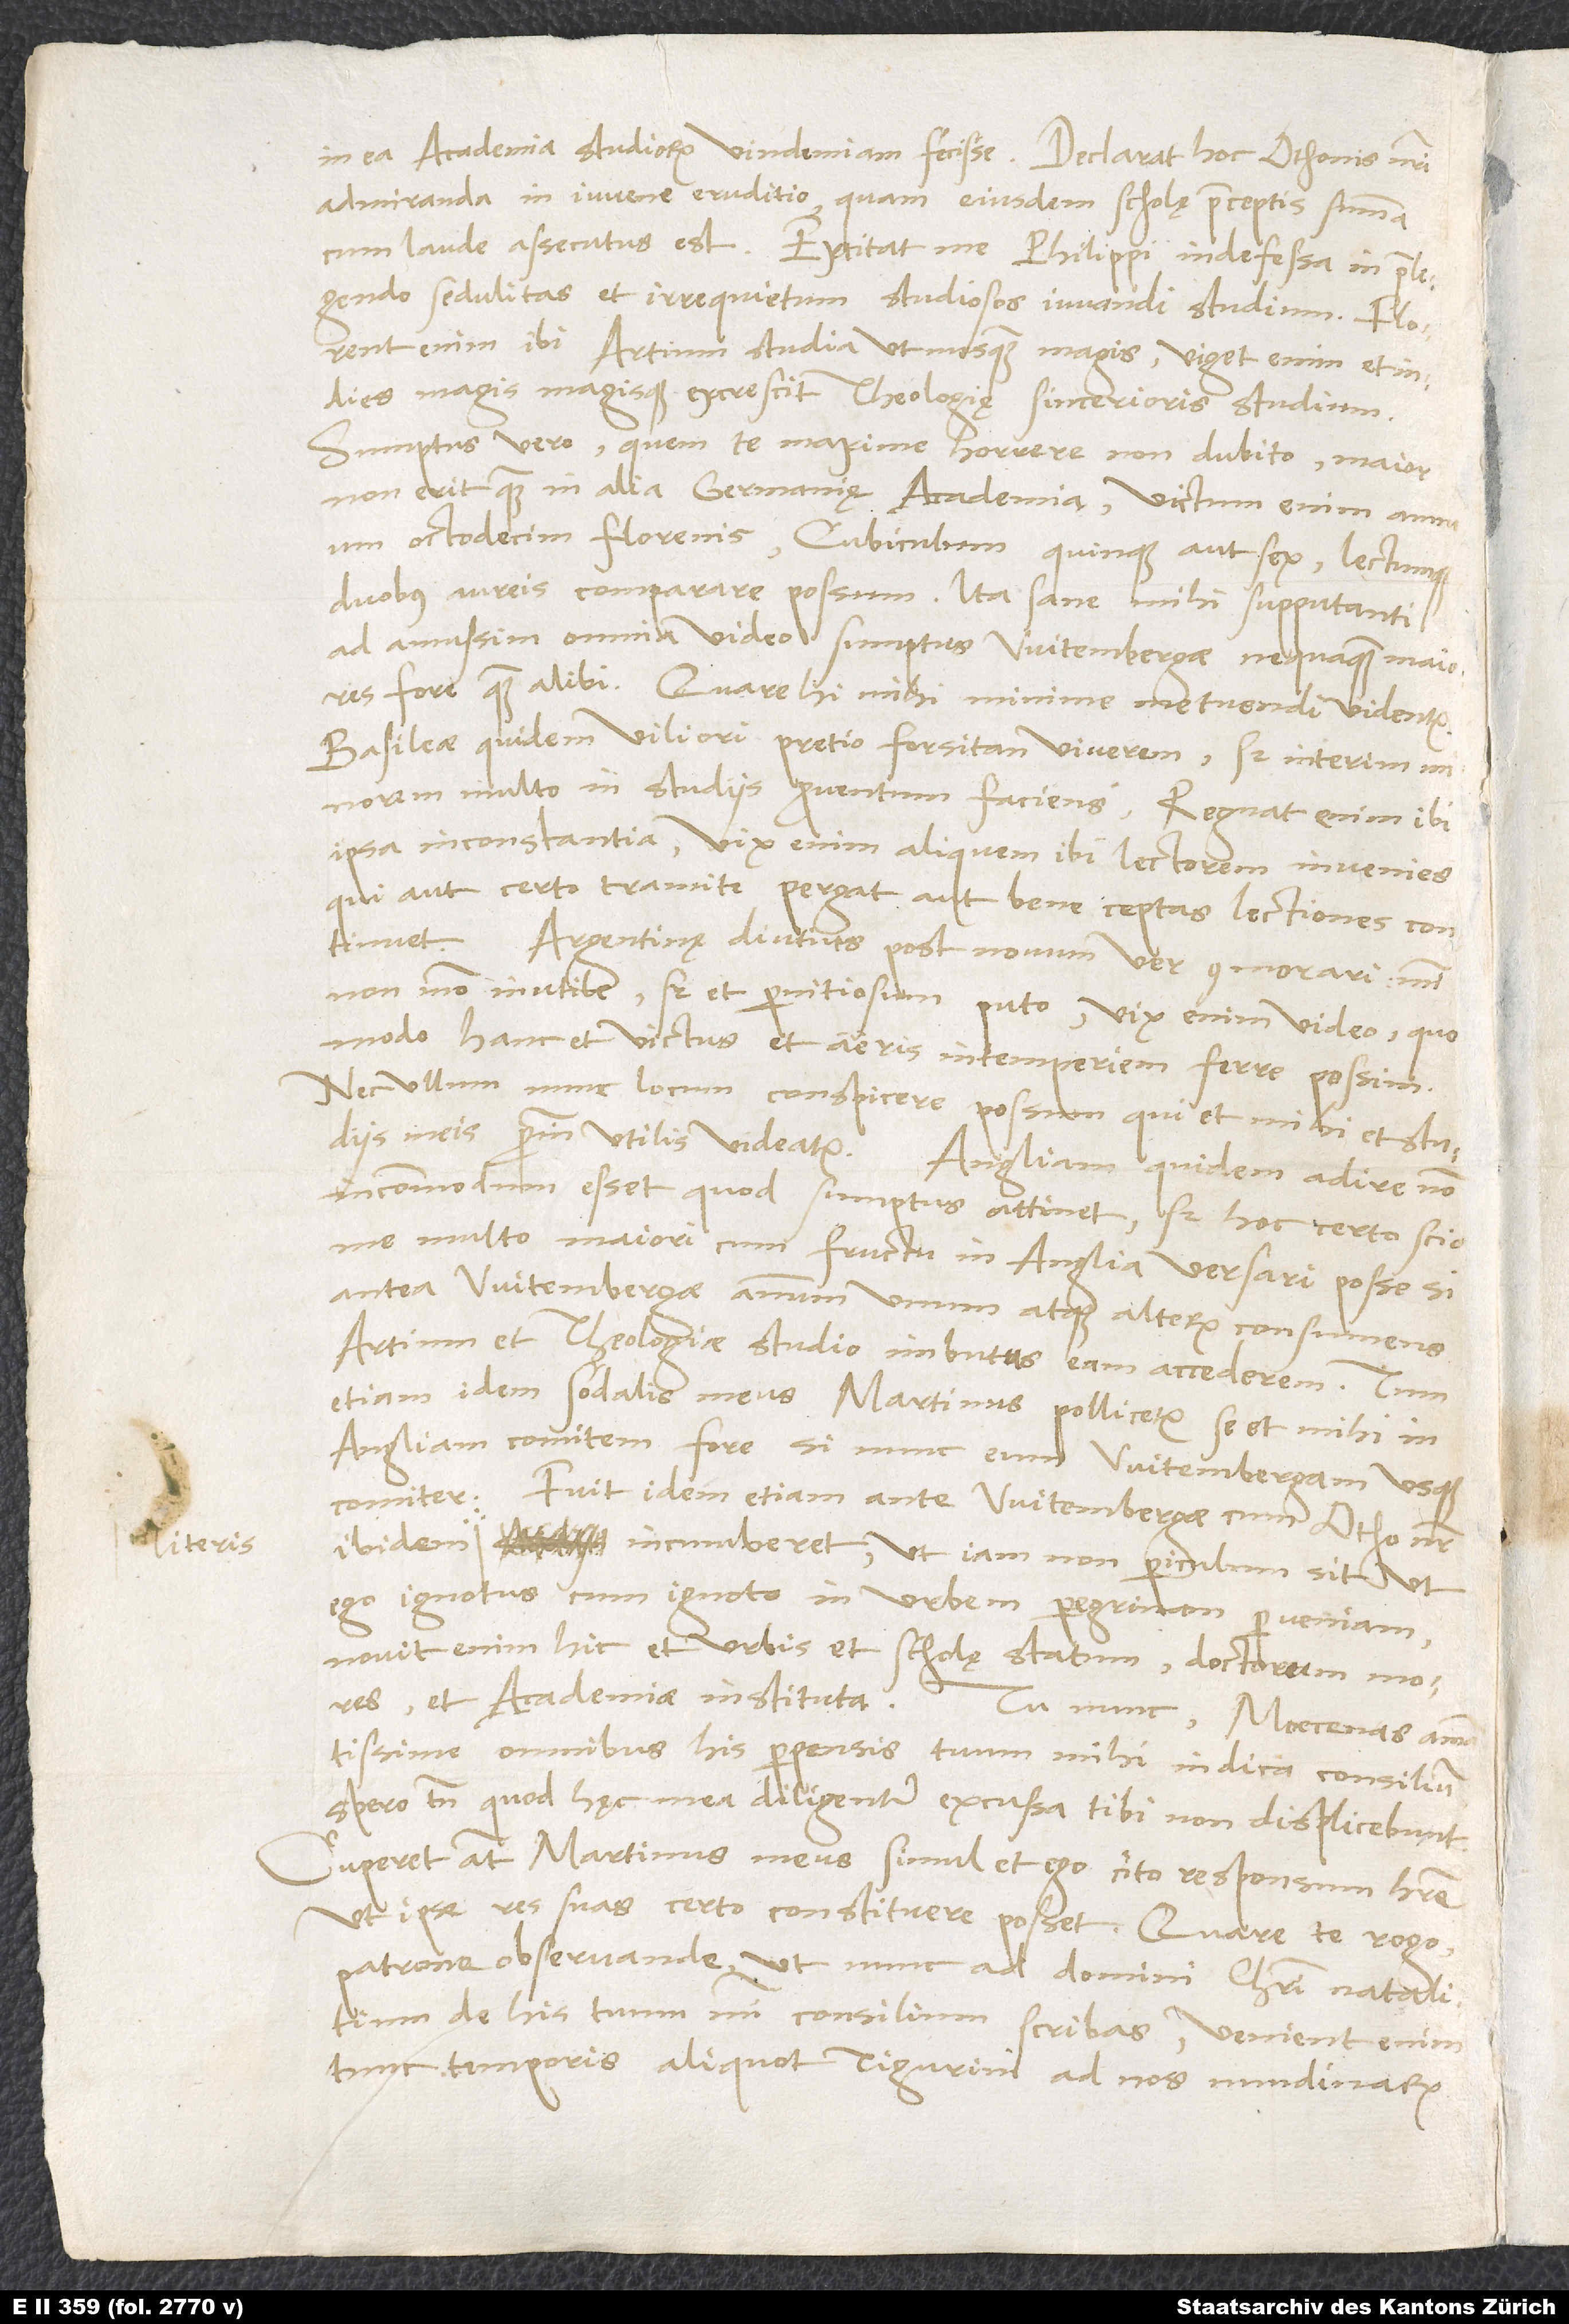
in ea academia studiorum vindemiam fecisse. Declarat hoc Othonis nostri
admiranda in iuvene eruditio, quam eiusdem scholę praeceptis summa
cum laude assecutus est. Excitat me Philippi indefessa in praelegendo
sedulitas et irrequietum studiosos iuvandi studium. Florent
enim ibi artium studia ut nusquam magis, viget enim et indies
magis magisque excrescit theologię sincerioris studium.
Sumptus vero, quem te maxime horrere non dubito, maior
non erit quam in alia Germaniae academia; victum enim annuum
octodecim florenis, cubiculum quinque aut sex lectumque
duobus aureis comparare possum. Ita sane mihi supputanti
ad amussim omnia video sumptus Witembergae nequaquam maiores
fore quam alibi. Quare hi mihi minime metuendi videntur.
Basileae quidem viliori pretio forsitan viverem, sed interim
minorem multo in studiis proventum faciens. Regnat enim ibi
ipsa inconstantia; vix enim aliquem ibi lectorem invenies,
qui aut certo tramite pergat aut bene ceptas lectiones continuet.
Argentinę diutius post novum ver commorari mihi
non modo inutile, sed et pernitiosum puto; vix enim video, quo
modo hanc et victus et aeris intemperiem ferre possim.
Nec ullum nunc locum conspicere possum, qui et mihi et studiis
meis proinde utilis videatur. Angliam quidem adire non
incommodum esset, quod sumptus attinet; sed hoc certo scio
me multo maiori cum fructu in Anglia versari posse, si
antea Witembergae annum unum atque alterum consumens
artium et theologiae studio imbutus eam accederem. Tum
etiam idem sodalis meus Martinus pollicetur se et mihi in
Angliam comitem fore, si nunc eum Witembergam usque
comiter. Fuit idem etiam ante Witembergae, cum Otho noster
incumberet, ut iam non periculum sit, ut
ego ignotus cum ignoto in urbem peregrinam perveniam;
novit enim hic et urbis et scholę statum, doctorum mores
et academiae instituta.
Tu nunc, Moecenas amantissime,
omnibus his perpensis tuum mihi indica consilium;
spero tamen, quod hęc mea diligenter excussa tibi non displicebunt.
Cuperet autem Martinus meus simul et ego cito responsum habere,
ut ipse res suas certo constituere posset. Quare te rogo,
patrone observande, ut nunc ad domini Christi natalitium
de his tuum mihi consilium scribas; venient enim
tunc temporis aliquot Tigurini ad nos nundinarum